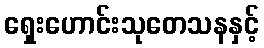
ရှေးဟောင်းသုတေသနနှင့်